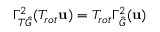
\Gamma _ { T \hat { G } } ^ { 2 } ( T _ { r o t } \mathbf { u } ) = T _ { r o t } \Gamma _ { \hat { G } } ^ { 2 } ( \mathbf { u } )